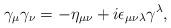
LaTeX: \begin{align*}\gamma_\mu\gamma_\nu=-\eta_{\mu\nu}+i\epsilon_{\mu\nu\lambda}\gamma^\lambda,\end{align*}